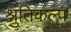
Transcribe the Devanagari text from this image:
श्रुतिकल्प